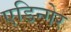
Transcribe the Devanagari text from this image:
एडिन्गेर